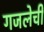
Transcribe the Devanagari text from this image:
गजलेची